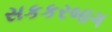
સકકરબાગ